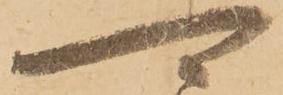
可